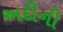
અદીની